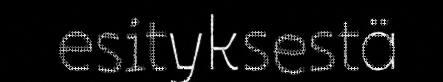
esityksestä